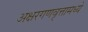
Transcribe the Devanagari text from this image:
अक्षरगणवृत्तामध्ये